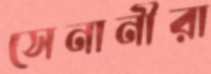
সেনানীরা